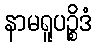
နာမရူပဉ္စိဒံ